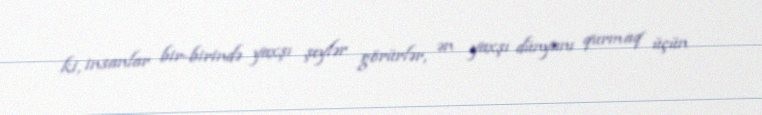
ki, insanlar bir-birində yaxşı şeylər görürlər, ən yaxşı dünyanı qurmaq üçün